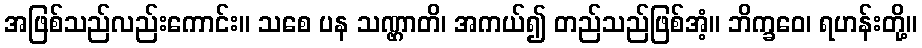
အဖြစ်သည်လည်းကောင်း။ သစေ ပန သဏ္ဌာတိ၊ အကယ်၍ တည်သည်ဖြစ်အံ့။ ဘိက္ခဝေ၊ ရဟန်းတို့။